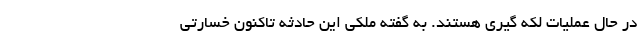
در حال عملیات لکه گیری هستند. به گفته ملکی این حادثه تاکنون خسارتی